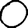
Digit: 0